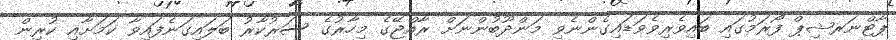
ޕާޓްނަރޝިޕް ފޯރަމުގައި ބައިވެރިވެވަޑައިގެންނެވި މަންދޫބުންނަށް ރާއްޖޭގެ މިހާރުގެ ސަރުކާރު ބަލައިގަނެފައިވާ ކަމަށާއި ކުރިން